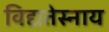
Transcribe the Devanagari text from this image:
विद्यतेस्नाय